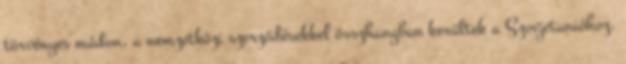
törvényes módon, a nemzetközi szerződésekkel összhangban kerültek a Szovjetunióhoz.